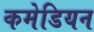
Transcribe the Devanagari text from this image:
कमेडियन